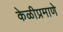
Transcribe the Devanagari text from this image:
केळीप्रमाणे